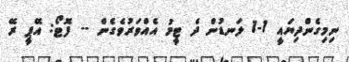
ނިމިގެންދިޔައީ 1-1 ލަނޑުން ދެ ޓީމު އެއްވަރުވެގެން -- ފޮޓޯ: އޭޕީ ރޭ